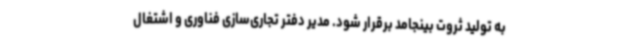
به تولید ثروت بینجامد برقرار شود. مدیر دفتر تجاری‌سازی فناوری و اشتغال